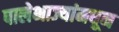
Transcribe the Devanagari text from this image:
पालेभाज्यांमधून